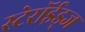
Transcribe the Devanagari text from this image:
स्टेरॉईड्ज